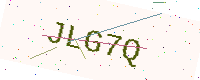
Text: JLG7Q